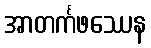
အာတင်္ကဖဿေန